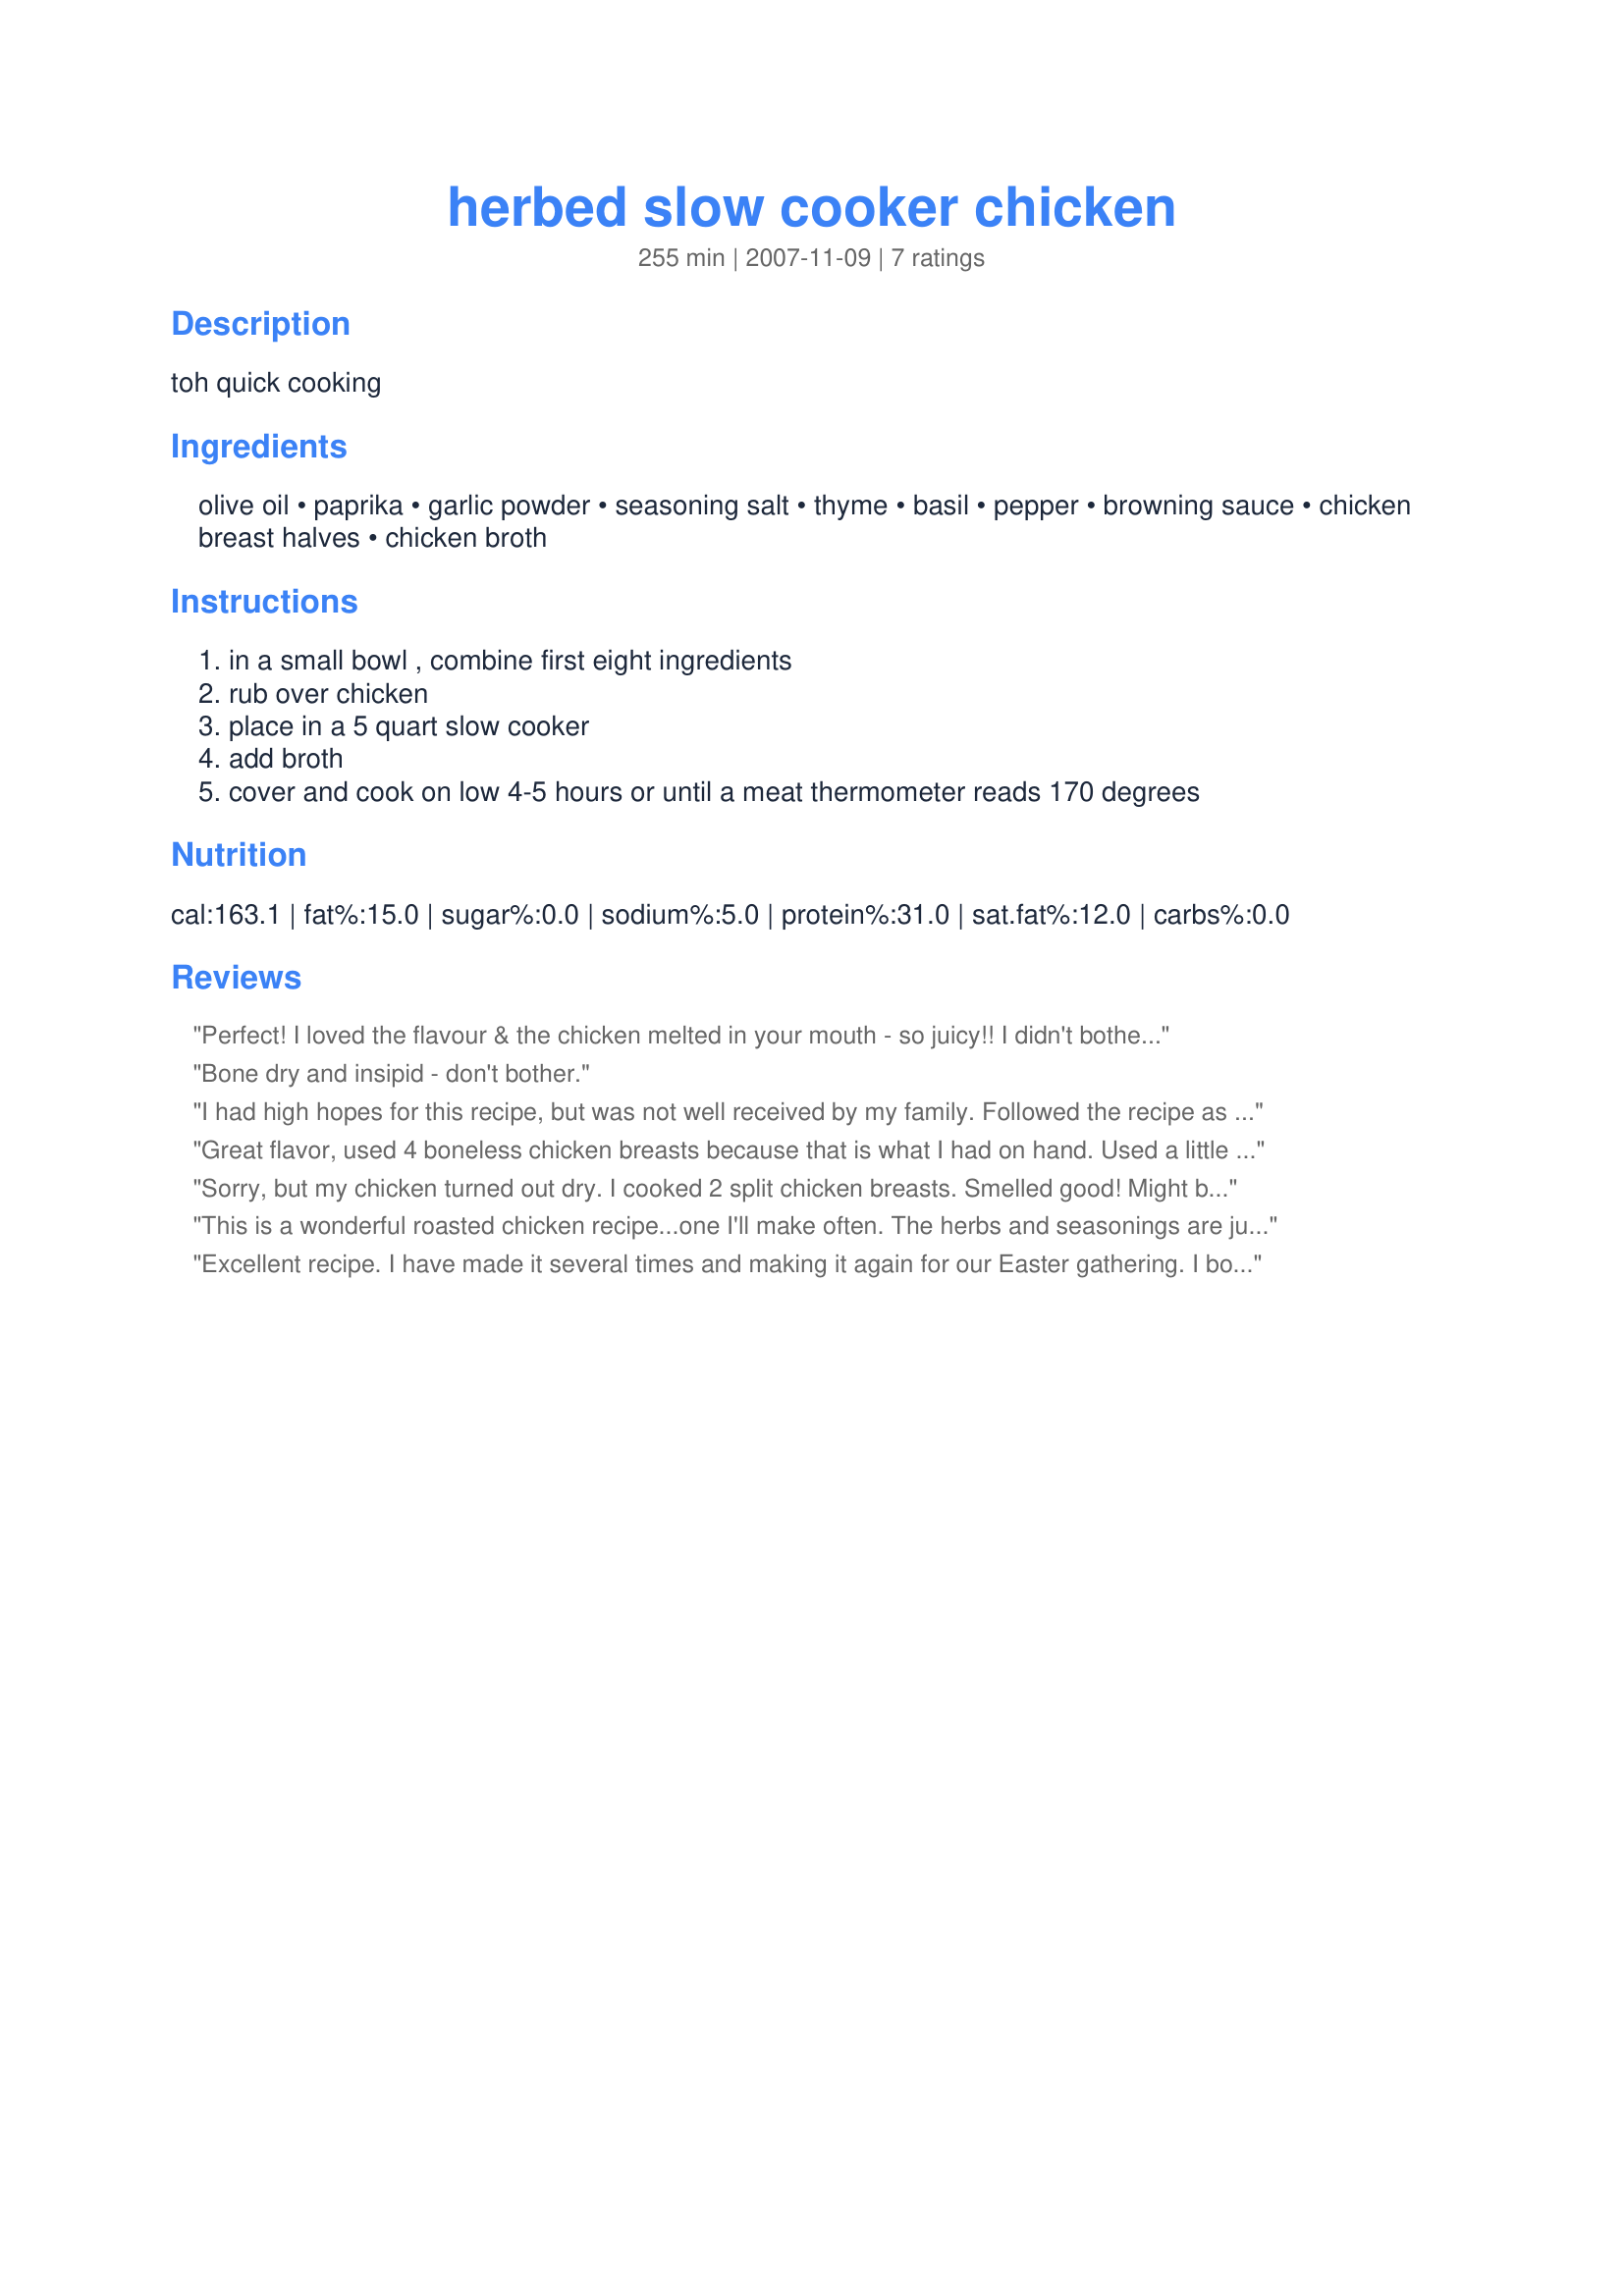
herbed slow cooker chicken
Preparation time: 255 minutes

toh quick cooking

Ingredients:
olive oil, paprika, garlic powder, seasoning salt, thyme, basil, pepper, browning sauce, chicken breast halves, chicken broth

Steps:
in a small bowl , combine first eight ingredients, rub over chicken, place in a 5 quart slow cooker, add broth, cover and cook on low 4-5 hours or until a meat thermometer reads 170 degrees

Reviews:
Perfect! I loved the flavour & the chicken melted in your mouth - so juicy!! I didn't bother using the browning sauce. The only actual change I made was to increase the chicken broth to 2 cups - I wanted to make sure I had enough liquid for gravy. I just thickened the juice on the stove with some cornstarch for great-tasting gravy, too.
Bone dry and insipid - don't bother.
I had high hopes for this recipe, but was not well received by my family. Followed the recipe as written and the flavor was surprisingly very bland. The meat, however, was very moist and tender. Definitely needs more salt. Maybe using skin-on breasts and rubbing the herb mixture under the skin and on top of the skin may help.
Great flavor, used 4 boneless chicken breasts because that is what I had on hand. Used a little extra splash of broth because of other reviews saying it was dry...mine was yummy and moist. Will definately make it again!
Sorry, but my chicken turned out dry. I cooked 2 split chicken breasts. Smelled good! Might be better with a full chicken. Sorry, but probably won't make again.
This is a wonderful roasted chicken recipe...one I'll make often. The herbs and seasonings are just right. I used a whole cut up chicken and left out the browning sauce. I cooked it on low for 5 hours and could probably have done it a bit less. The meat was falling off the bone tender. Thank you!
Excellent recipe. I have made it several times and making it again for our Easter gathering. I bought the TOH slow cooker recipe book and love it. I left out the thyme and the browning sauce.
